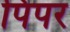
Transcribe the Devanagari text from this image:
पिपर